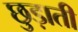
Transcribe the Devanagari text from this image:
छुड़ाती